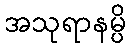
အသုရာနမ္ပိ